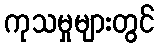
ကုသမှုများတွင်